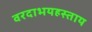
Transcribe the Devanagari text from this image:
वरदाभयहस्ताय